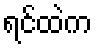
ရင်ထဲက